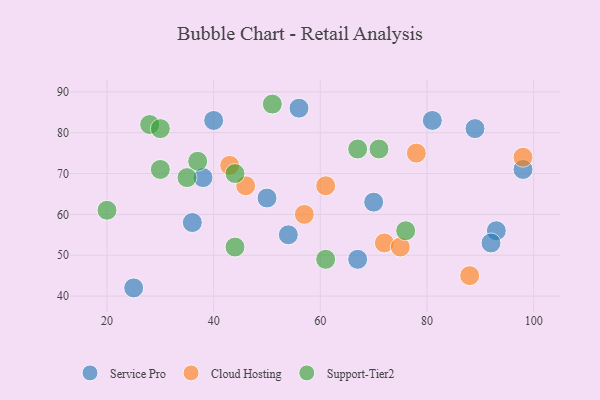
{"axis": {"x": "GDP", "y": "Life Expectancy"}, "legend": ["Cloud Hosting", "Service Pro", "Support-Tier2"], "data": [{"x": "36", "y": 58, "type": "Service Pro"}, {"x": "25", "y": 42, "type": "Service Pro"}, {"x": "50", "y": 64, "type": "Service Pro"}, {"x": "38", "y": 69, "type": "Service Pro"}, {"x": "89", "y": 81, "type": "Service Pro"}, {"x": "81", "y": 83, "type": "Service Pro"}, {"x": "93", "y": 56, "type": "Service Pro"}, {"x": "92", "y": 53, "type": "Service Pro"}, {"x": "40", "y": 83, "type": "Service Pro"}, {"x": "56", "y": 86, "type": "Service Pro"}, {"x": "98", "y": 71, "type": "Service Pro"}, {"x": "67", "y": 49, "type": "Service Pro"}, {"x": "54", "y": 55, "type": "Service Pro"}, {"x": "70", "y": 63, "type": "Service Pro"}, {"x": "78", "y": 75, "type": "Cloud Hosting"}, {"x": "72", "y": 53, "type": "Cloud Hosting"}, {"x": "61", "y": 67, "type": "Cloud Hosting"}, {"x": "46", "y": 67, "type": "Cloud Hosting"}, {"x": "43", "y": 72, "type": "Cloud Hosting"}, {"x": "88", "y": 45, "type": "Cloud Hosting"}, {"x": "98", "y": 74, "type": "Cloud Hosting"}, {"x": "57", "y": 60, "type": "Cloud Hosting"}, {"x": "75", "y": 52, "type": "Cloud Hosting"}, {"x": "37", "y": 73, "type": "Support-Tier2"}, {"x": "67", "y": 76, "type": "Support-Tier2"}, {"x": "44", "y": 52, "type": "Support-Tier2"}, {"x": "51", "y": 87, "type": "Support-Tier2"}, {"x": "20", "y": 61, "type": "Support-Tier2"}, {"x": "44", "y": 70, "type": "Support-Tier2"}, {"x": "71", "y": 76, "type": "Support-Tier2"}, {"x": "30", "y": 71, "type": "Support-Tier2"}, {"x": "28", "y": 82, "type": "Support-Tier2"}, {"x": "35", "y": 69, "type": "Support-Tier2"}, {"x": "61", "y": 49, "type": "Support-Tier2"}, {"x": "76", "y": 56, "type": "Support-Tier2"}, {"x": "30", "y": 81, "type": "Support-Tier2"}]}